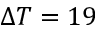
\Delta T = 1 9